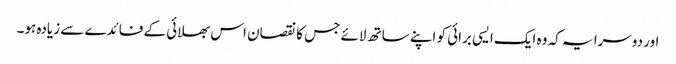
اور دوسرا یہ کہ وہ ایک ایسی برائی کو اپنے ساتھ لائے جس کا نقصان اس بھلائی کے فائدے سے زیادہ ہو۔